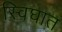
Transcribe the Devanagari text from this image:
स्विघात